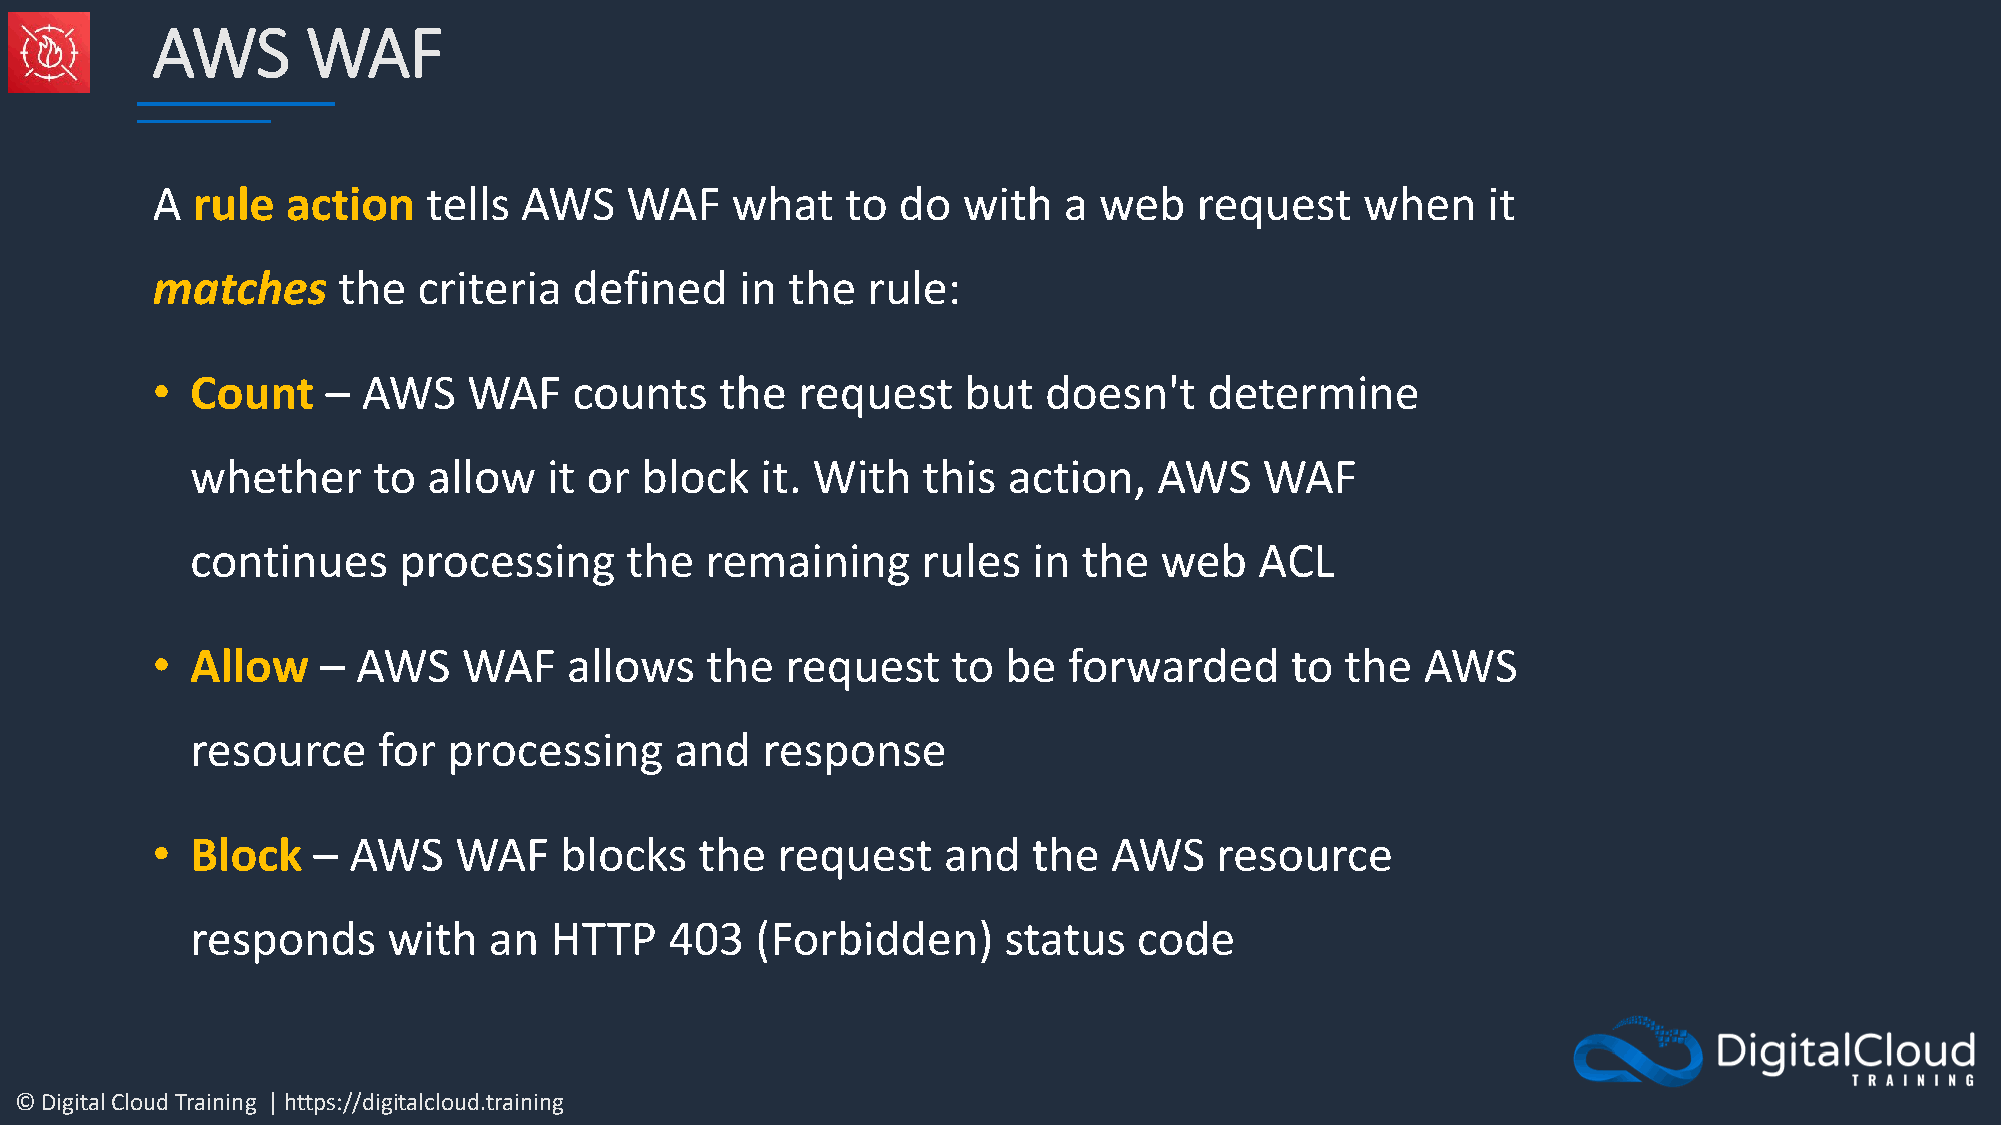
AWS       WAF
 A  rule  action   tells AWS    WAF    what    to do   with  a  web   request    when    it
 matches     the   criteria  defined    in the  rule:
 •  Count    – AWS    WAF    counts    the  request    but  doesn't    determine
 whether     to allow   it or block   it. With   this  action,   AWS    WAF
 continues    processing     the   remaining     rules  in  the  web   ACL
 •  Allow   –  AWS    WAF    allows   the  request    to  be  forwarded     to  the  AWS
 resource    for  processing     and  response
 •  Block   – AWS    WAF    blocks   the  request    and   the   AWS   resource
 responds     with  an  HTTP    403   (Forbidden)     status   code
 © Digital Cloud Training | https://digitalcloud.training